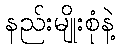
နည်းမျိုးစုံနဲ့